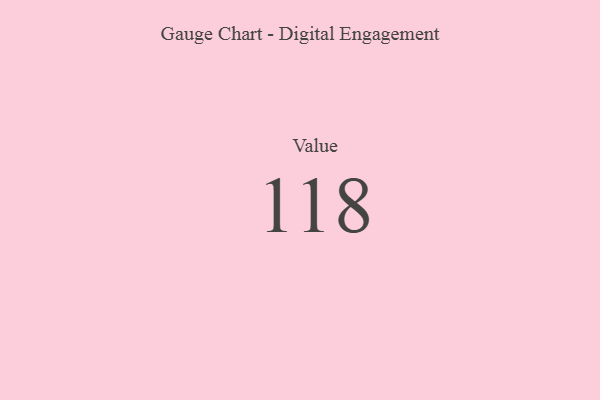
{"axis": {"x": "Metric", "y": "Value"}, "legend": [""], "data": [{"x": "Value", "y": 118, "type": ""}]}